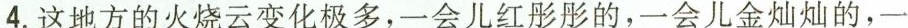
4.这地方的火烧云变化极多，一会儿红彤彤的，一会儿金灿灿的，一